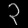
Digit: ၃